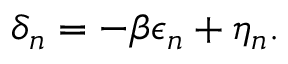
\delta _ { n } = - \beta \epsilon _ { n } + \eta _ { n } .